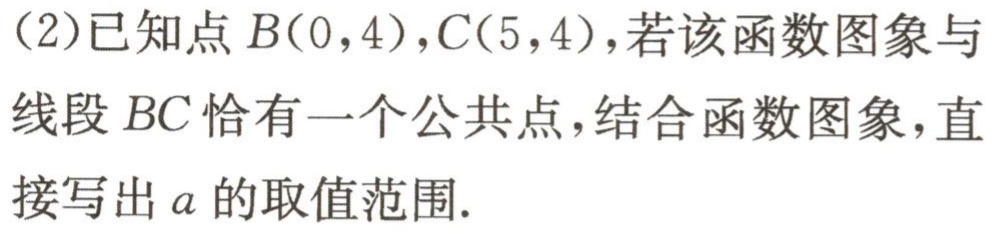
(2)已知点$B(0,4),C(5,4)$，若该函数图象与线段$BC$恰有一个公共点，结合函数图象，直接写出$a$的取值范围.